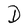
Character: D